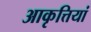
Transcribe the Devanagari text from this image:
आकृत्तियां